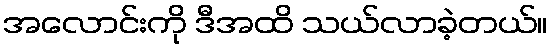
အလောင်းကို ဒီအထိ သယ်လာခဲ့တယ်။